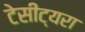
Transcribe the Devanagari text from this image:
टेसीट्यरा